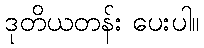
ဒုတိယတန်း ပေးပါ။